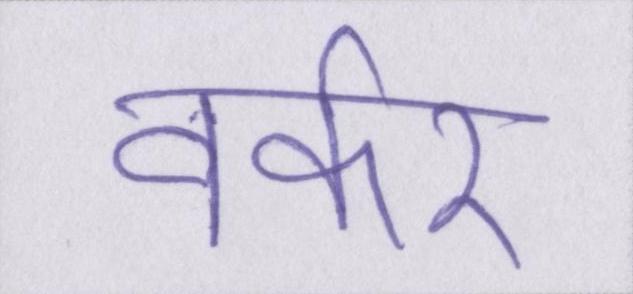
वर्कर